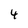
Character: 4